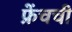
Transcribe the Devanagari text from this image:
फ्रेंचची